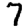
Digit: 7